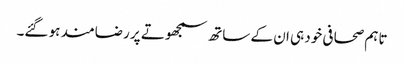
تاہم صحافی خود ہی ان کے ساتھ سمجھوتے پر رضامند ہو گئے۔